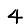
Digit: 4